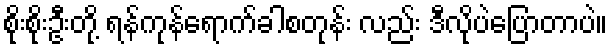
စိုးစိုးဦးတို့ ရန်ကုန်ရောက်ခါစတုန်း လည်း ဒီလိုပဲပြောတာပဲ။